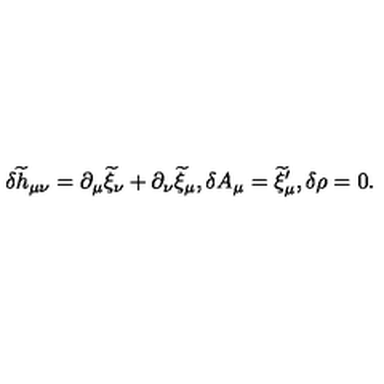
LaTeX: \delta { \widetilde h } _ { \mu \nu } = \partial _ { \mu } { \widetilde \xi } _ { \nu } + \partial _ { \nu } { \widetilde \xi } _ { \mu } , \delta A _ { \mu } = { \widetilde \xi } _ { \mu } ^ { \prime } , \delta \rho = 0 .